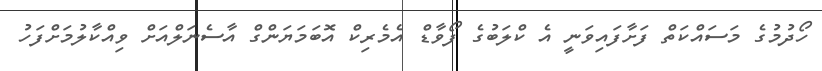
ހޯދުމުގެ މަސައްކަތް ފަށާފައިވަނީ އެ ކްލަބުގެ ފޯވާޑް އެމެރިކް އޮބަމަޔަންގް އާސެނަލްއަށް ވިއްކާލުމަށްފަހު